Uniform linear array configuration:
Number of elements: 64
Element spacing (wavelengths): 0.5
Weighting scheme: exponential
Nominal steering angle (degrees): -30
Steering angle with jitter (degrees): -31.398
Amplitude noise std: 0.05
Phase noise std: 0.05

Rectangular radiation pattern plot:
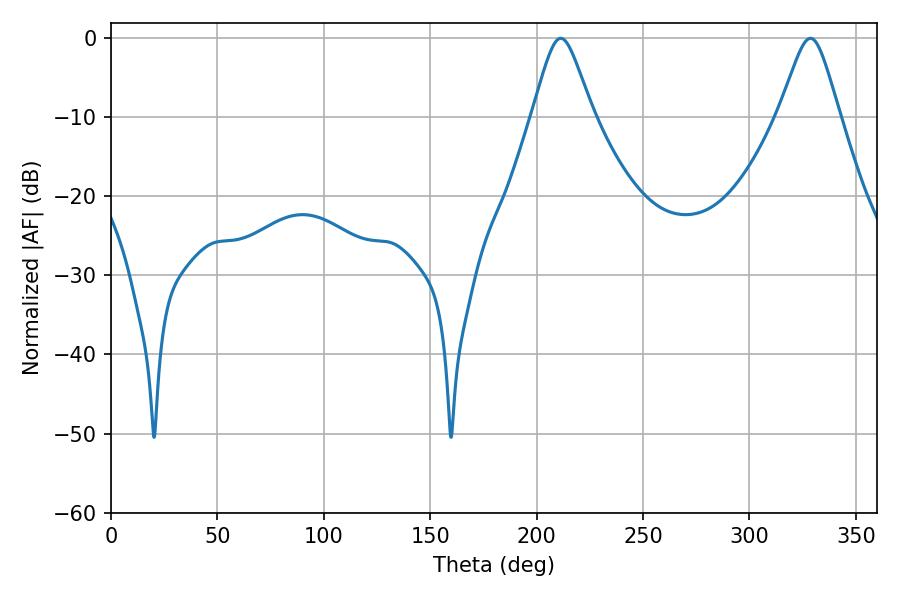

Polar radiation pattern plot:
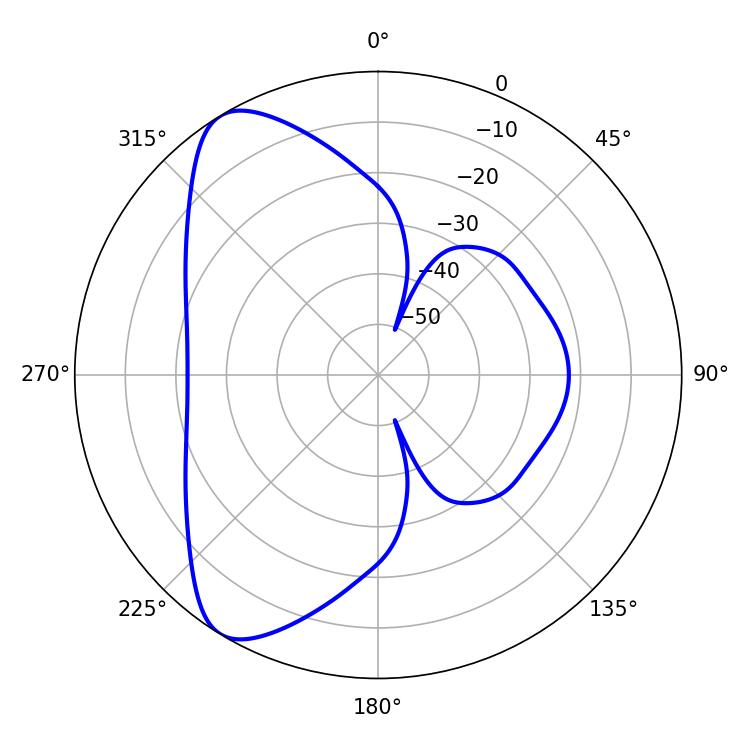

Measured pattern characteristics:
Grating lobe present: FALSE
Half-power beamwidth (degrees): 13.68
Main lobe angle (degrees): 211.32